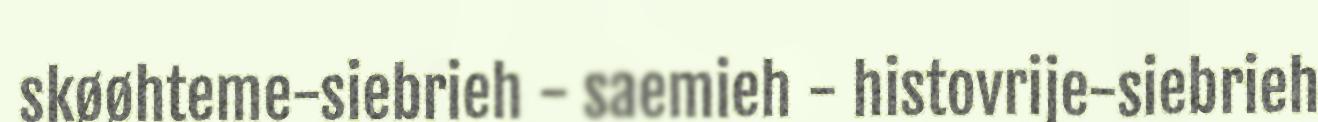
skøøhteme-siebrieh - saemieh - histovrije-siebrieh